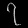
Digit: ၇